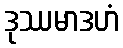
ဒုဿမာဒဟံ